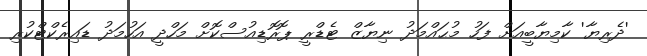
'ދެރިޔާ' ކާމިޔާބީއަށް ފަހު މުޙައްމަދު ނިޔާޒް ޓެޑްރީ ޕޮރޮޑިއުސްކޮށް މަހްދީ އަހުމަދު ޑައިރެކްޓްކުރި